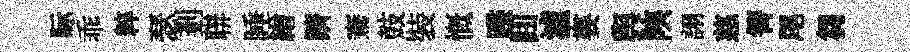
眎乖粹瑟剗聨睡繒躋騫鼓裝慨蹀囬瀘婁舆陝詡慈箐尾芻